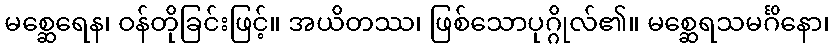
မစ္ဆေရေန၊ ဝန်တိုခြင်းဖြင့်။ အယိတဿ၊ ဖြစ်သောပုဂ္ဂိုလ်၏။ မစ္ဆေရသမင်္ဂိနော၊